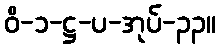
ဝိ-၁-ဋ္ဌ-ပ-အုပ်-၃၃။